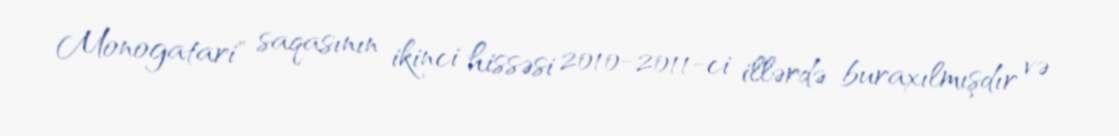
Monogatari" saqasının ikinci hissəsi 2010-2011-ci illərdə buraxılmışdır və